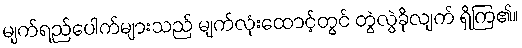
မျက်ရည်ပေါက်များသည် မျက်လုံးထောင့်တွင် တွဲလွဲခိုလျက် ရှိကြ၏။